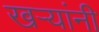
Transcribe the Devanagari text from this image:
खऱ्यांनी